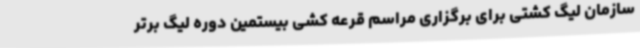
سازمان لیگ کشتی برای برگزاری مراسم قرعه کشی بیستمین دوره لیگ برتر